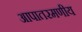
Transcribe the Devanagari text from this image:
आपातरमणीय